Report of the Municipal Commissioner on the plague in Bombay for the year ending 31st May... - Volume 2
Disease focus: Plague
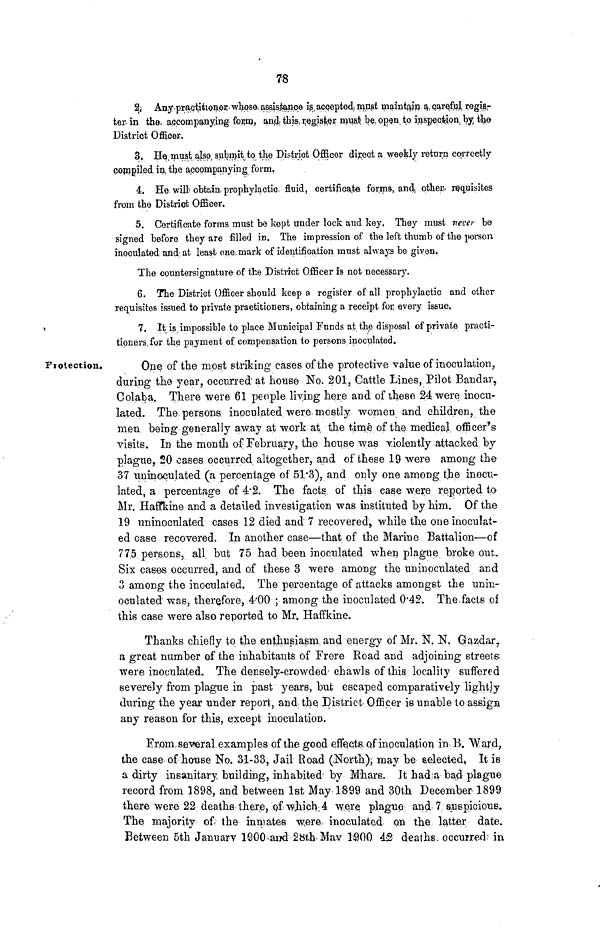
78
2. Any practitioner whose assistance is accepted must maintain a careful regis-
ter in the accompanying form, and this register mu&t be open to inspection by fcfye
District Officer.
3. He must also submit to the District Officer direct a weekly return correctly
compiled in the accompanying form.
4. He wilt obtain prophylactic fluid, certificate forms, and other requisites
from the District Officer.
5. Certificate forms must be kept under lock and key. They must never be
signed before they are filled in. The impression of the left thumb of the person
inoculated and at least one mark of identification must always be given.
The eountersignature of the District Officer is not necessary.
6. The District Officer should keep a register of all prophylactic and other
requisites issued to private practitioners, obtaining a receipt for every issue.
7. It is impossible to place Municipal Funds at the disposal of private practi-
tioners, for the payment of compensation to persons inoculated.
Protection.
One of the most striking cases of the protective value of inoculation,
during the year, occurred at, house No. 201, Cattle Lines, Pilot Bandar,
Colaba. There were 61 people living here and of these 24 were inocu-
lated. The persons inoculated were mostly women and children, the
men being generally away at work at the time of the medical officer's
visits. In the month of February, the house was violently attacked by
plague, 20 cases occurred altogether, and of these 19 were among the
37 tininoculated (a. percentage of 51*3), and only one among the inocu-
lated, a percentage of 4'2. The facts of this ease were reported to
Mr. Haffkine and a detailed investigation was instituted by him. Of the
19 uninoculated cases 12 died and 7 recovered, while the one inoculat-
ed case recovered. In another case—that of the Marine Battalion—of
775 persons, all but 75 had been inoculated when plague broke out.
Six cases occurred, and of these 3 were among the uninoculated and
3 among the inoculated. The percentage of attacks amongst the unin-
oculated was, therefore, 4'00 ; among the inoculated 0'42. The facts of
this case were also reported to Mr, Haffkine.
Thanks chiefly to the enthusiasm and energy of Mr. N. N. Gazdar 7
a great number of the inhabitants of Frere Road and adjoining streets
were inoculated. The densely-crowded chawls of this locality suffered
severely from plague in past years, but escaped comparatively lightly
during the year under repon, and the District Officer is unable to assign
any reason for this, except inoculation.
From several examples of the good effects of inoculation in B. "Ward,
the case of house No. 31-33, Jail Road (North), may be selected. It is
a dirty insanitary building, inhabited by Mhars. It had a bad plague
record from 1898, and between 1st May 1899 and 30th December 1899
there were 22 deaths there, of which 4 were plague and 7 suspicious.
The majority of the inmates were inoculated on the latter date.
Between 5th Januarv 1000 and 28th Mav 1900 42 deaths occurred in